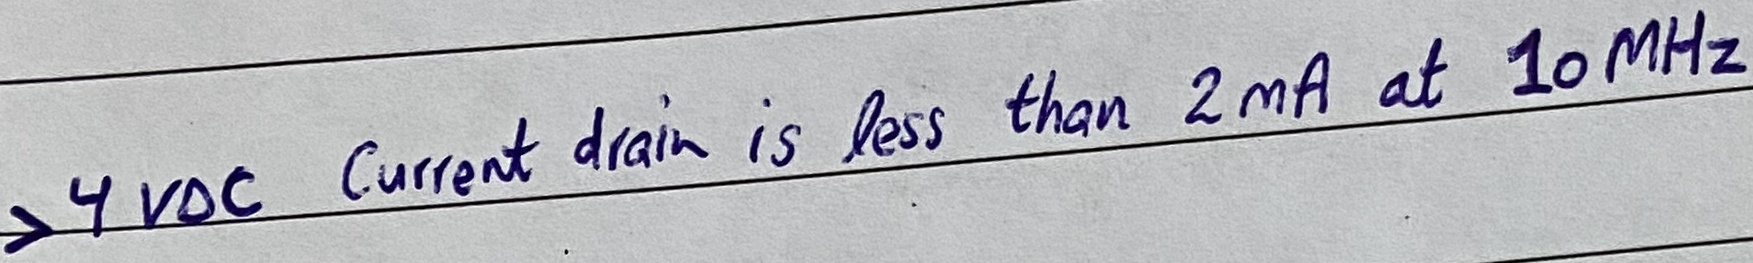
Text: >4VDC Current drain is less than 2mA at 10MHz